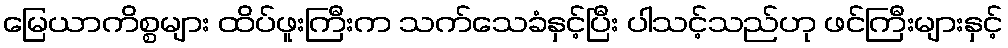
မြေယာကိစ္စများ ထိပ်ဖူးကြီးက သက်သေခံနှင့်ပြီး ပါသင့်သည်ဟု ဖင်ကြီးများနှင့်